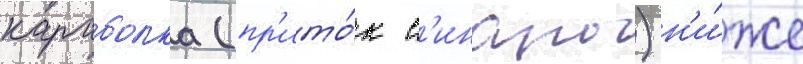
караболка (пр'ито́к с'инары) н'и́же